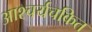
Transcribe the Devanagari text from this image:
आश्‍चर्यचकित